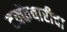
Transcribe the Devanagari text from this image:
टक्केवारीचा